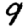
Digit: 9